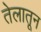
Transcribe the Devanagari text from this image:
तेलातून